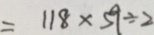
= 1 1 8 \times 5 9 \div 2